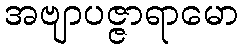
အဗျာပဇ္ဇာရာမော